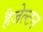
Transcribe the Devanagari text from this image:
हैजेल्टन